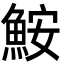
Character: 鮟